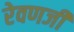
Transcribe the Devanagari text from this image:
रेवणजी